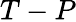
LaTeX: T-P